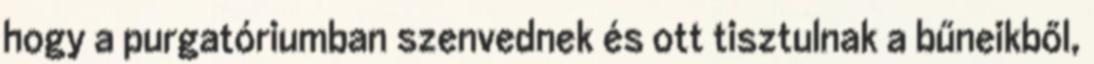
hogy a purgatóriumban szenvednek és ott tisztulnak a bűneikből,